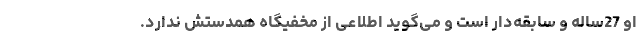
او 27ساله و سابقه‌دار است و می‌گوید اطلاعی از مخفیگاه همدستش ندارد.